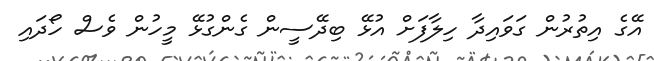
އޭގެ އިތުރުން ގަވައިދާ ހިލާފަށް އުޅޭ ބިދޭސީން ގެންގުޅޭ މީހުން ވެސް ހޯދައި